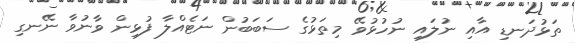
ތަޅުދަނޑި އާއި ނުލައި ނުހުޅުވޭ މިތަޅުގެ ސަބަބުން ނަޓެއްލާ ފުޅިން ވާނުވާ ނޭނގި